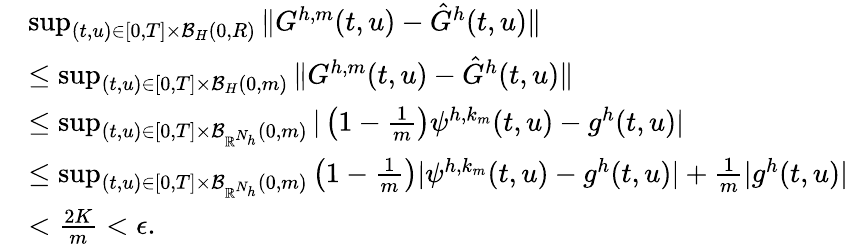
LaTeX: \begin{array}{rl}&{\operatorname*{sup}_{(t,u)\in[0,T]\times\mathcal{B}_{H}(0,R)}\| G^{h,m}(t,u)-\hat{G}^{h}(t,u)\| }\\ &{\leq\operatorname*{sup}_{(t,u)\in[0,T]\times\mathcal{B}_{H}(0,m)}\| G^{h,m}(t,u)-\hat{G}^{h}(t,u)\| }\\ &{\leq\operatorname*{sup}_{(t,u)\in[0,T]\times\mathcal{B}_{\mathbb{R}^{N_{h}}}(0,m)}|\left(1-\frac 1m\right)\psi^{h,k_{m}}(t,u)-g^{h}(t,u)|}\\ &{\leq\operatorname*{sup}_{(t,u)\in[0,T]\times\mathcal{B}_{\mathbb{R}^{N_{h}}}(0,m)}\left(1-\frac 1m\right)|\psi^{h,k_{m}}(t,u)-g^{h}(t,u)|+\frac 1m|g^{h}(t,u)|}\\ &{<\frac{2K}{m}<\epsilon.}\end{array}